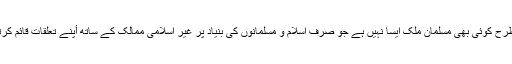
اسی طرح کوئی بھی مسلمان ملک ایسا نہیں ہے جو صرف اسلام و مسلمانوں کی بنیاد پر غیر اسلامی ممالک کے ساتھ أپنے تعلقات قائم کرتا ہو ۔